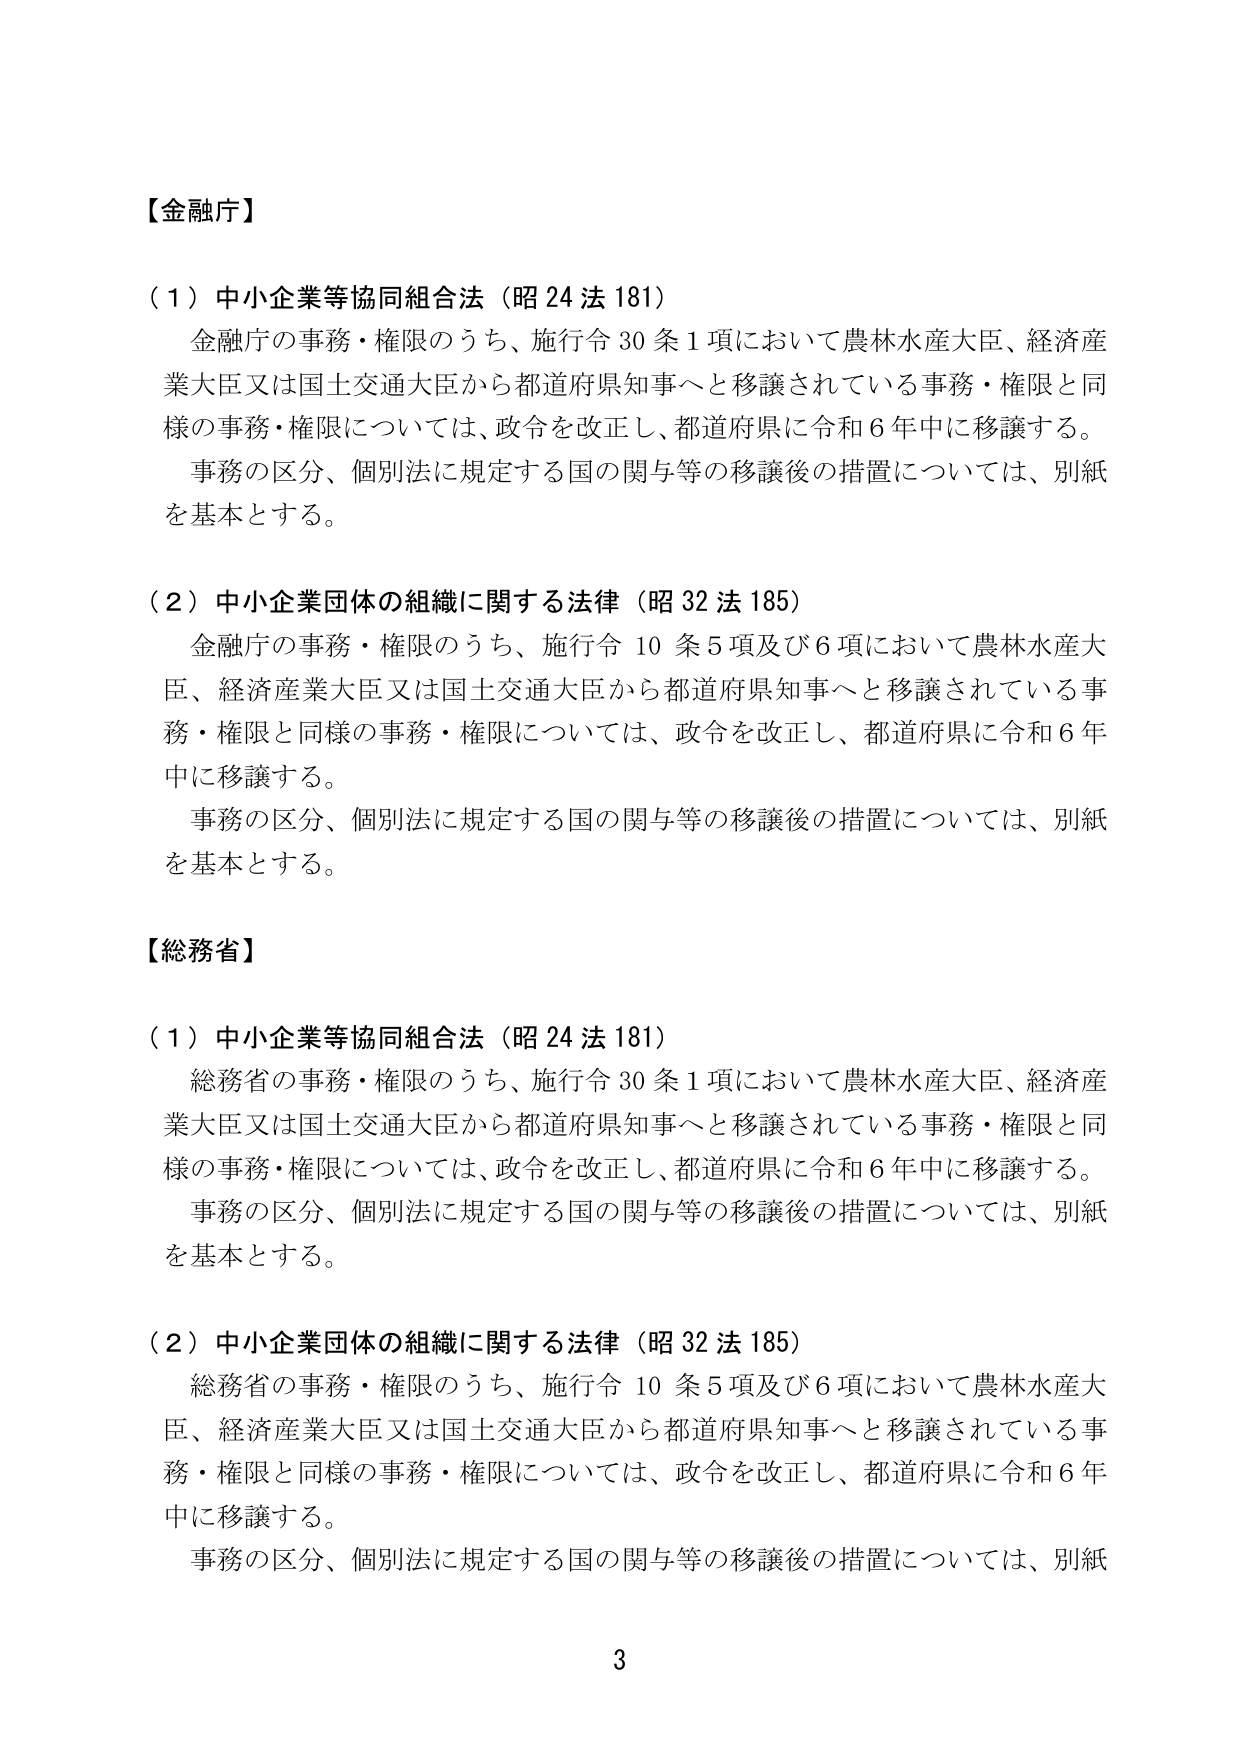
【金融庁】

（１）中小企業等協同組合法（昭24法181）
金融庁の事務・権限のうち、施行令30条1項において農林水産大臣、経済産業大臣又は国土交通大臣から都道府県知事へと移譲されている事務・権限と同様の事務・権限については、政令を改正し、都道府県に令和6年中に移譲する。
事務の区分、個別法に規定する国の関与等の移譲後の措置については、別紙を基本とする。

（２）中小企業団体の組織に関する法律（昭32法185）
金融庁の事務・権限のうち、施行令10条5項及び6項において農林水産大臣、経済産業大臣又は国土交通大臣から都道府県知事へと移譲されている事務・権限と同様の事務・権限については、政令を改正し、都道府県に令和6年中に移譲する。
事務の区分、個別法に規定する国の関与等の移譲後の措置については、別紙を基本とする。

【総務省】

（１）中小企業等協同組合法（昭24法181）
総務省の事務・権限のうち、施行令30条1項において農林水産大臣、経済産業大臣又は国土交通大臣から都道府県知事へと移譲されている事務・権限と同様の事務・権限については、政令を改正し、都道府県に令和6年中に移譲する。
事務の区分、個別法に規定する国の関与等の移譲後の措置については、別紙を基本とする。

（２）中小企業団体の組織に関する法律（昭32法185）
総務省の事務・権限のうち、施行令10条5項及び6項において農林水産大臣、経済産業大臣又は国土交通大臣から都道府県知事へと移譲されている事務・権限と同様の事務・権限については、政令を改正し、都道府県に令和6年中に移譲する。
事務の区分、個別法に規定する国の関与等の移譲後の措置については、別紙

3